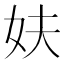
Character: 妋